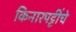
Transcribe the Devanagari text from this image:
किनारपट्टींचे